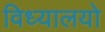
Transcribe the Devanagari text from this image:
विध्यालयो